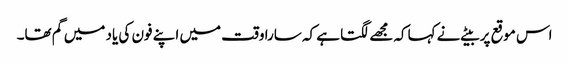
اس موقع پر بیٹے نے کہاکہ مجھے لگتا ہے کہ سارا وقت میں اپنے فون کی یاد میں گم تھا۔